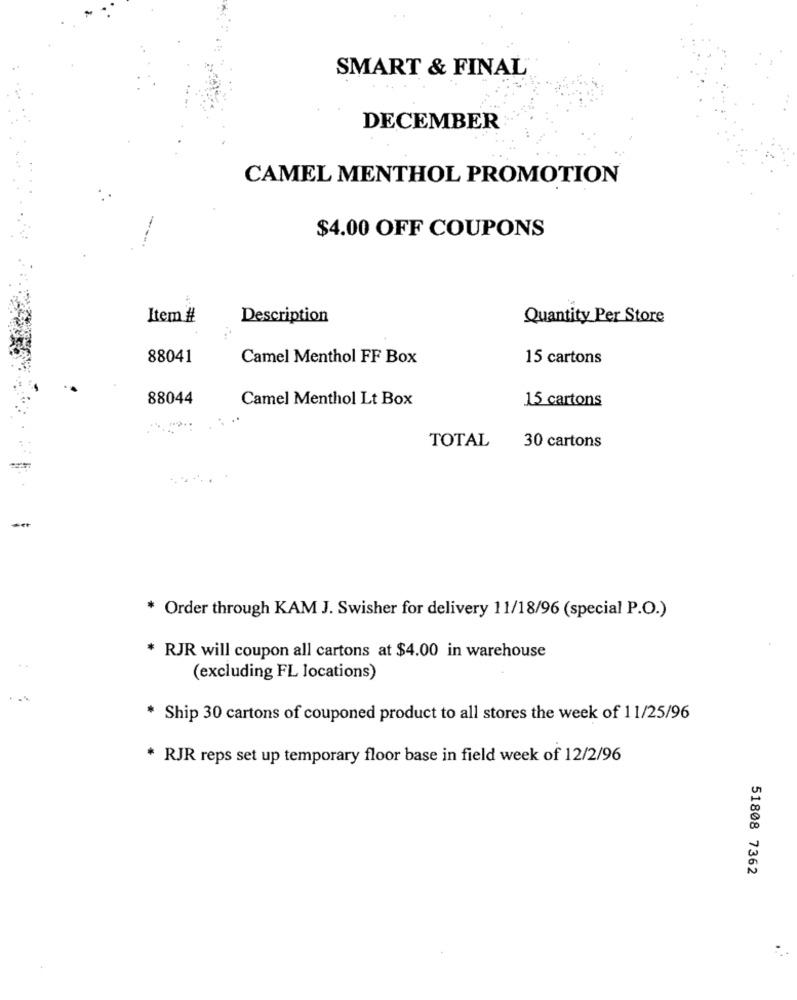
SMART & FINAL
DECEMBER
CAMEL MENTHOL PROMOTION
$4.00 OFF COUPONS
Item #
Description
Quantity Per Store
88041
Camel Menthol FF Box
15 cartons
88044
Camel Menthol Lt Box
15 cartons
TOTAL
30 cartons
* Order through KAM J. Swisher for delivery 11/18/96 (special P.O.)
* RJR will coupon all cartons at $4.00 in warehouse
(excluding FL locations)
* Ship 30 cartons of couponed product to all stores the week of 11/25/96
* RJR reps set up temporary floor base in field week of 12/2/96
51808 7362